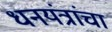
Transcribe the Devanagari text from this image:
धनयंत्रांचा